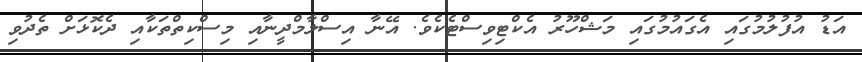
އަޑު އުފުލުމުގައި އެގައުމުގައި މަޝްހޫރު އެކްޓިވިސްޓެކެވެ. އޭނާ އިސްލާމްދީނާއި މިސްކިތްތަކާއި ދެކޮޅަށް ތެދުވި